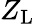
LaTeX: Z_{\mathrm{L}}